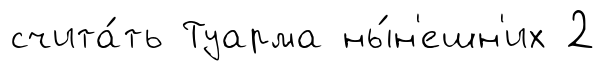
счита́ть Туарма ны́н'ешн'их 2